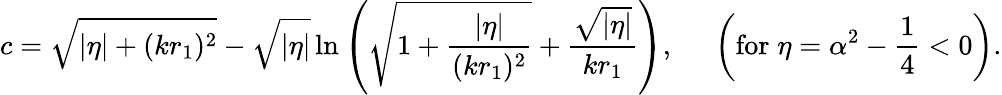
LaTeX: c=\sqrt{|\eta|+(kr_{1})^{2}}-\sqrt{|\eta|}\ln\left(\sqrt{1+\frac{|\eta|}{(kr_{1})^{2}}}+\frac{\sqrt{|\eta|}}{kr_{1}}\right),\; \; \; \; \; \left(\mathrm{for}\; \eta=\alpha^{2}-\frac{1}{4}<0\right).